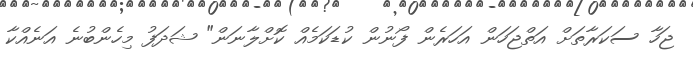
ޖަހާ ސަކަރާތަށް އަތްޖަހަން އަހަރެން ފޯނުން ކުޑަކަމެއް ކޮށްލާނަން" ޝަދަފު މިހެންބުނެ އަނެއްކާ